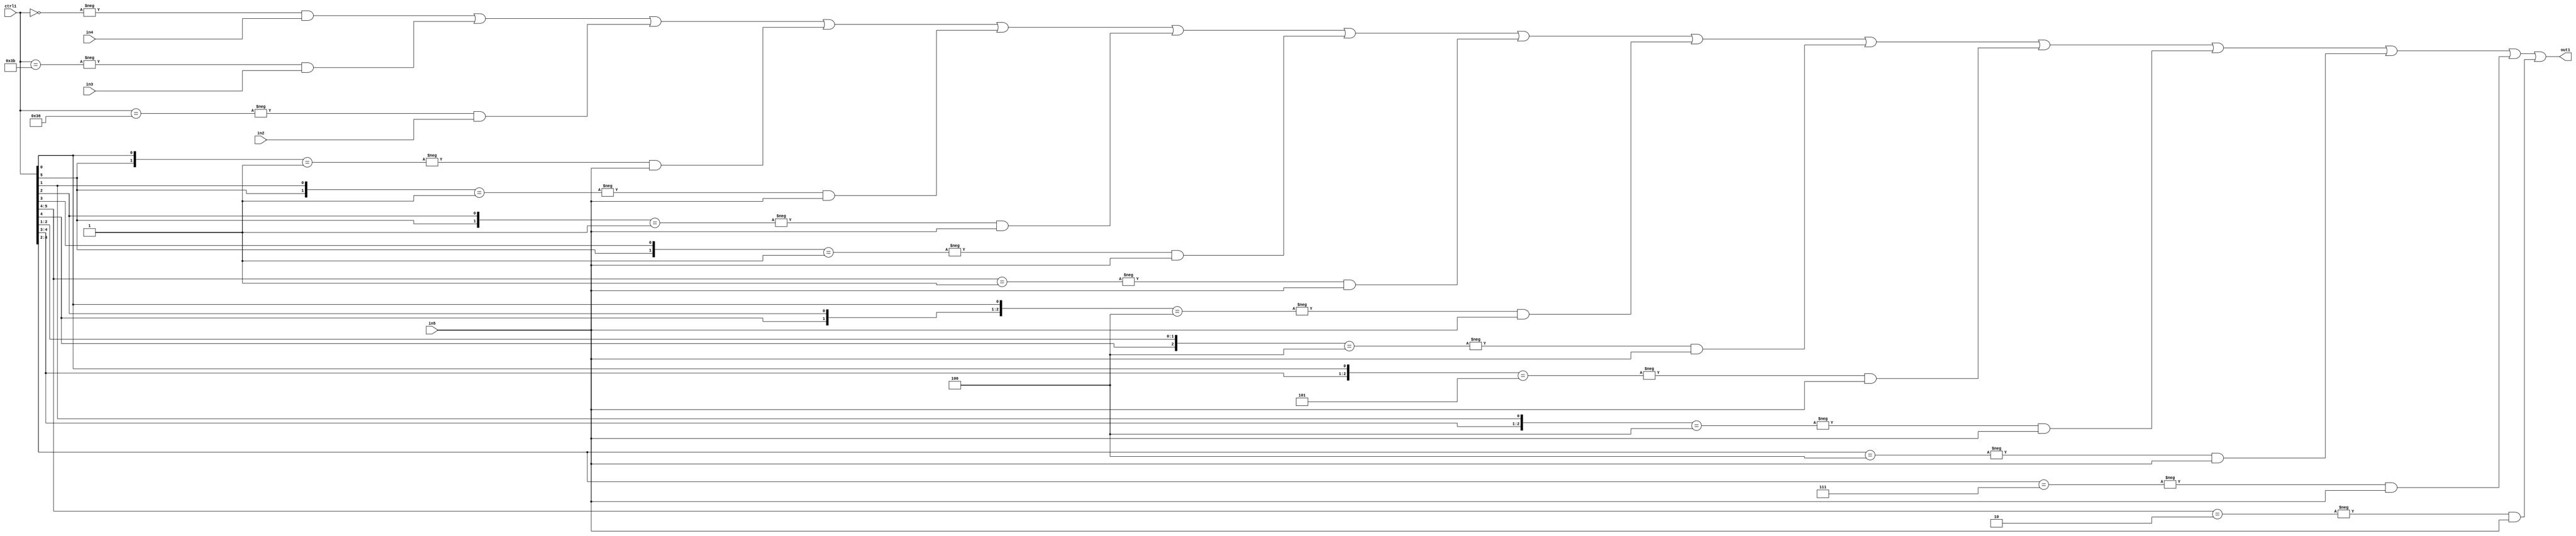
`timescale 1ps / 1ps
/*****************************************************************************
    Verilog RTL Description
    
    
    Created by: Stratus DpOpt 21.05.01 
*******************************************************************************/

module SobelFilter_N_Mux_32_4_51_1 (
	in5,
	in4,
	in3,
	in2,
	ctrl1,
	out1
	); /* architecture "behavioural" */ 
input [31:0] in5;
input [8:0] in4,
	in3,
	in2;
input [5:0] ctrl1;
output [31:0] out1;
wire [31:0] asc001;

assign asc001 = 
	-{ctrl1 == 6'B000000} & in4 |
	-{ctrl1 == 6'B111011} & in3 |
	-{ctrl1 == 6'B110110} & in2 |
	-{{ctrl1[5], ctrl1[0]} == 2'B01} & in5 |
	-{{ctrl1[5], ctrl1[1]} == 2'B01} & in5 |
	-{{ctrl1[5], ctrl1[2]} == 2'B01} & in5 |
	-{{ctrl1[5], ctrl1[3]} == 2'B01} & in5 |
	-{ctrl1[5:4] == 2'B01} & in5 |
	-{{ctrl1[4], ctrl1[2], ctrl1[0]} == 3'B100} & in5 |
	-{{ctrl1[4], ctrl1[2:1]} == 3'B100} & in5 |
	-{{ctrl1[4:3], ctrl1[0]} == 3'B101} & in5 |
	-{{ctrl1[4:3], ctrl1[1]} == 3'B100} & in5 |
	-{ctrl1[4:2] == 3'B100} & in5 |
	-{ctrl1[4:2] == 3'B111} & in5 |
	-{ctrl1[5:4] == 2'B10} & in5 ;

assign out1 = asc001;
endmodule

/* CADENCE  s7H5TQ0= : u9/ySxbfrwZIxEzHVQQV8Q== ** DO NOT EDIT THIS LINE ******/